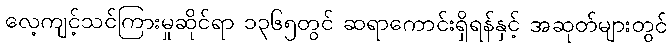
လေ့ကျင့်သင်ကြားမှုဆိုင်ရာ ၁၃၆၅တွင် ဆရာကောင်းရှိရန်နှင့် အဆုတ်များတွင်